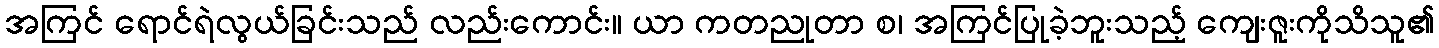
အကြင် ရောင်ရဲလွယ်ခြင်းသည် လည်းကောင်း။ ယာ ကတညုတာ စ၊ အကြင်ပြုခဲ့ဘူးသည့် ကျေးဇူးကိုသိသူ၏